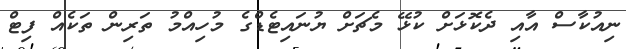
ނިއުކާސް އާއި ދެކޮޅަށް ކުޅޭ މެޗަށް ޔުނައިޓެޑްގެ މުހިއްމު ތަރިން ތަކެއް ފިޓް